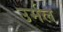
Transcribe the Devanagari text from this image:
उर्मल